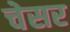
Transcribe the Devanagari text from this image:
चेसर